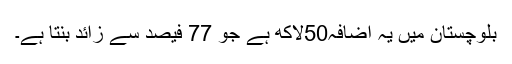
بلوچستان میں یہ اضافہ50لاکھ ہے جو 77 فیصد سے زائد بنتا ہے۔